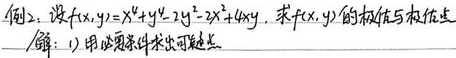
例2：设$f(x,y)=x^{4}+y^{4}-2x^{2}-2y^{2}+4xy$，求$f(x,y)$的极值与极值点.
解：1) 用必要条件求出可疑点.